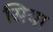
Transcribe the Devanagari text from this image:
स्रिया